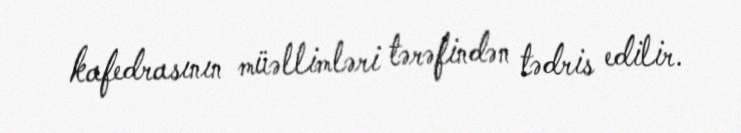
kafedrasının müəllimləri tərəfindən tədris edilir.